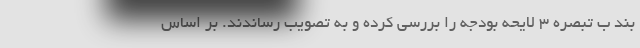
بند ب تبصره ۳ لایحه بودجه را بررسی کرده و به تصویب رساندند. بر اساس